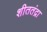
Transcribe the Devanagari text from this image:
शीततंद्रा